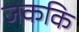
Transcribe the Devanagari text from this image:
जककि